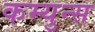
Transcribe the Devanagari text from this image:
कम्युन्स